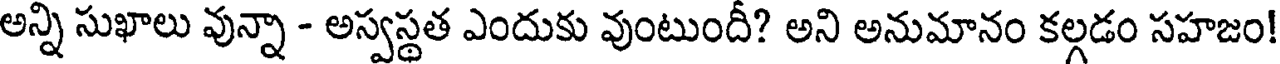
అన్ని సుఖాలు వున్నా - అస్వస్థత ఎందుకు వుంటుందీ? అని అనుమానం కల్గడం సహజం!